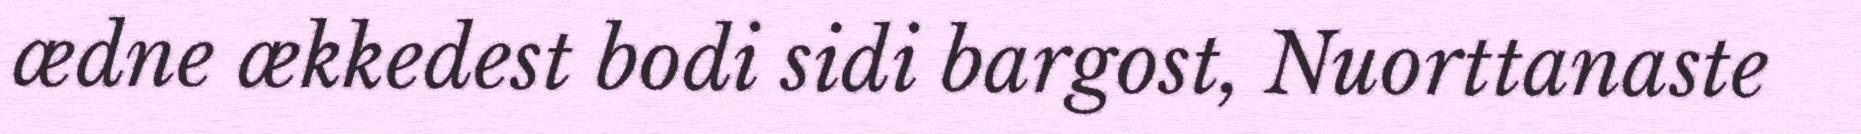
ædne ækkedest bodi sidi bargost, Nuorttanaste